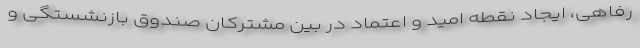
رفاهی، ایجاد نقطه امید و اعتماد در بین مشترکان صندوق بازنشستگی و